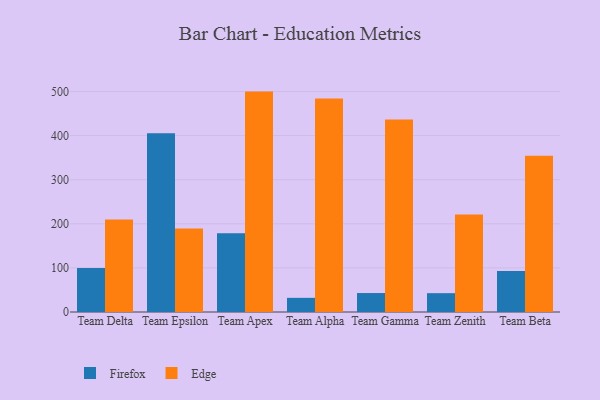
{"axis": {"x": "Team", "y": "Satisfaction Score"}, "legend": ["Edge", "Firefox"], "data": [{"x": "Team Delta", "y": 99.6, "type": "Firefox"}, {"x": "Team Delta", "y": 209.6, "type": "Edge"}, {"x": "Team Epsilon", "y": 405.4, "type": "Firefox"}, {"x": "Team Epsilon", "y": 189.2, "type": "Edge"}, {"x": "Team Apex", "y": 178.6, "type": "Firefox"}, {"x": "Team Apex", "y": 499.8, "type": "Edge"}, {"x": "Team Alpha", "y": 32.1, "type": "Firefox"}, {"x": "Team Alpha", "y": 484.1, "type": "Edge"}, {"x": "Team Gamma", "y": 43.0, "type": "Firefox"}, {"x": "Team Gamma", "y": 436.5, "type": "Edge"}, {"x": "Team Zenith", "y": 42.7, "type": "Firefox"}, {"x": "Team Zenith", "y": 220.9, "type": "Edge"}, {"x": "Team Beta", "y": 92.7, "type": "Firefox"}, {"x": "Team Beta", "y": 354.5, "type": "Edge"}]}